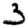
Digit: 3